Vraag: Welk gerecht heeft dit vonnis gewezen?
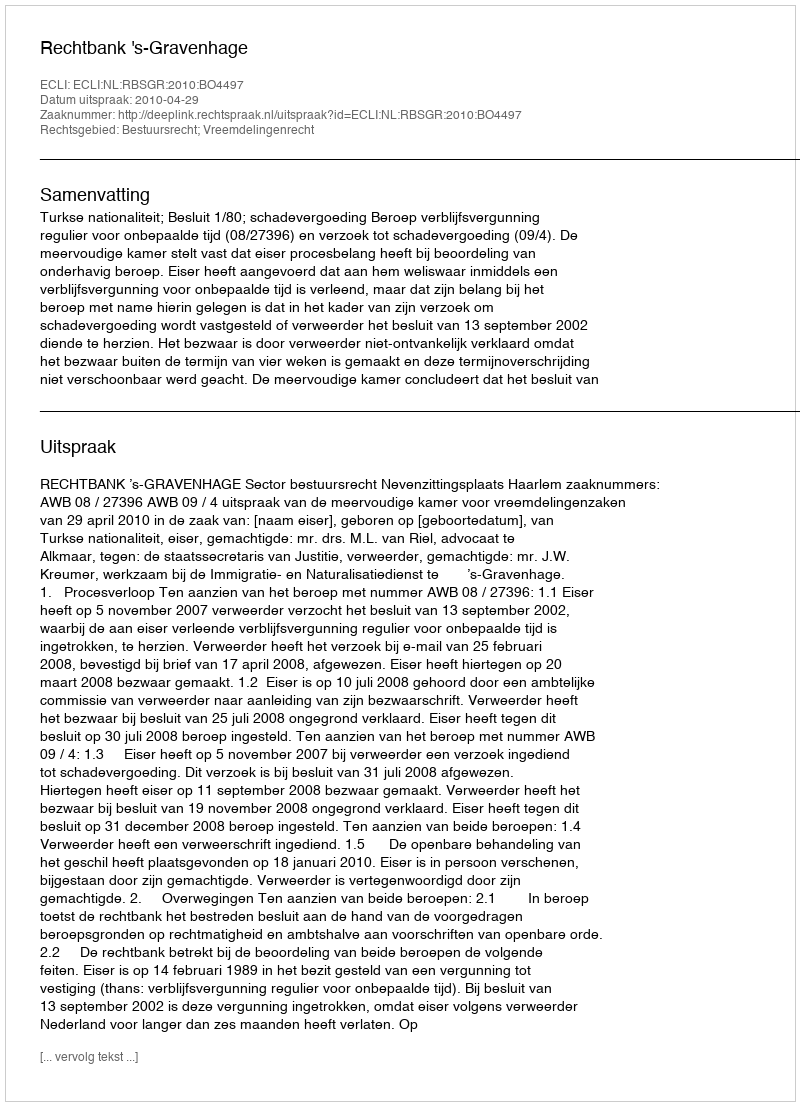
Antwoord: Rechtbank 's-Gravenhage